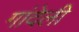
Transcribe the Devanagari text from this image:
गांदेली